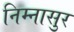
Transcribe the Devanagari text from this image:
निम्नासुर